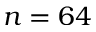
n = 6 4